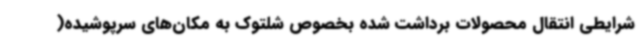
شرایطی انتقال محصولات برداشت شده بخصوص شلتوک به مکان‌های سرپوشیده(